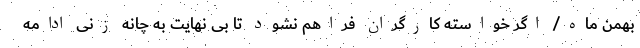
بهمن ماه/ اگر خواسته کارگران فراهم نشود تا بی نهایت به چانه زنی ادامه